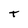
Character: T